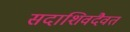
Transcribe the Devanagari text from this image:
सदाशिवदैवतं